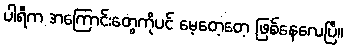
ပါရီက အကြောင်းတွေကိုပင် မေ့တေ့တေ့ ဖြစ်နေလေပြီ။